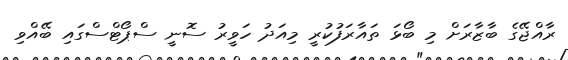
ރާއްޖޭގެ ބާޒާރަށް މި ބޯޅަ ތައާރަފުކުރީ މިއަދު ހަވީރު ސޮނީ ސްޕޯޓްސްގައި ބޭއްވި